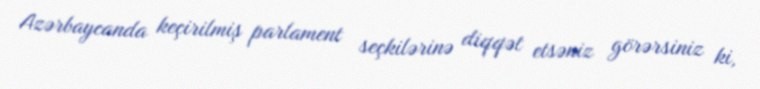
Azərbaycanda keçirilmiş parlament seçkilərinə diqqət etsəniz görərsiniz ki,